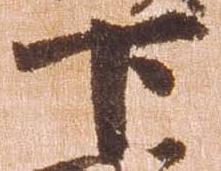
下